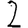
Digit: 2